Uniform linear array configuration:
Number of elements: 4
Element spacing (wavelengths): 0.5
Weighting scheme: uniform
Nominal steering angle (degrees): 15
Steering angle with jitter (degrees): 13.004
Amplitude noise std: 0.05
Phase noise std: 0.05

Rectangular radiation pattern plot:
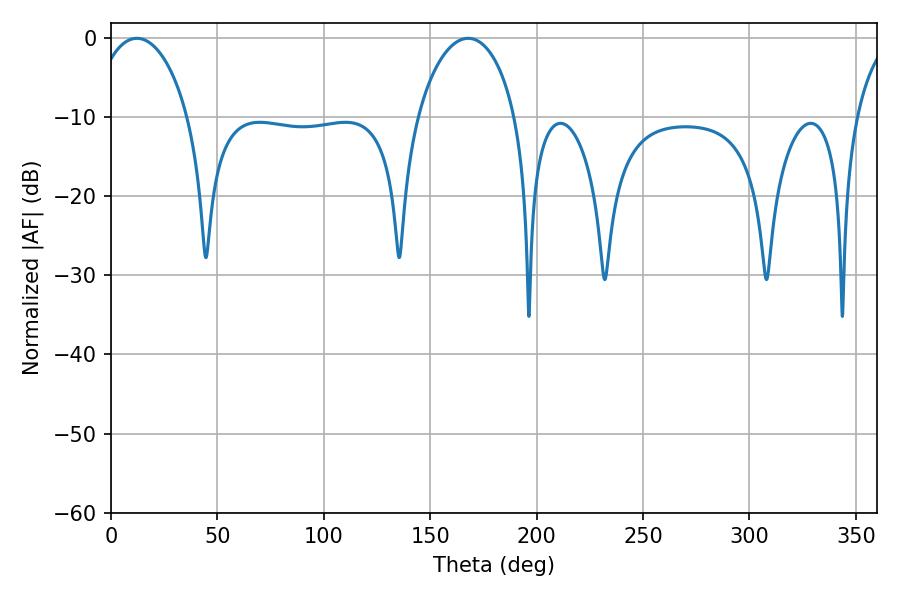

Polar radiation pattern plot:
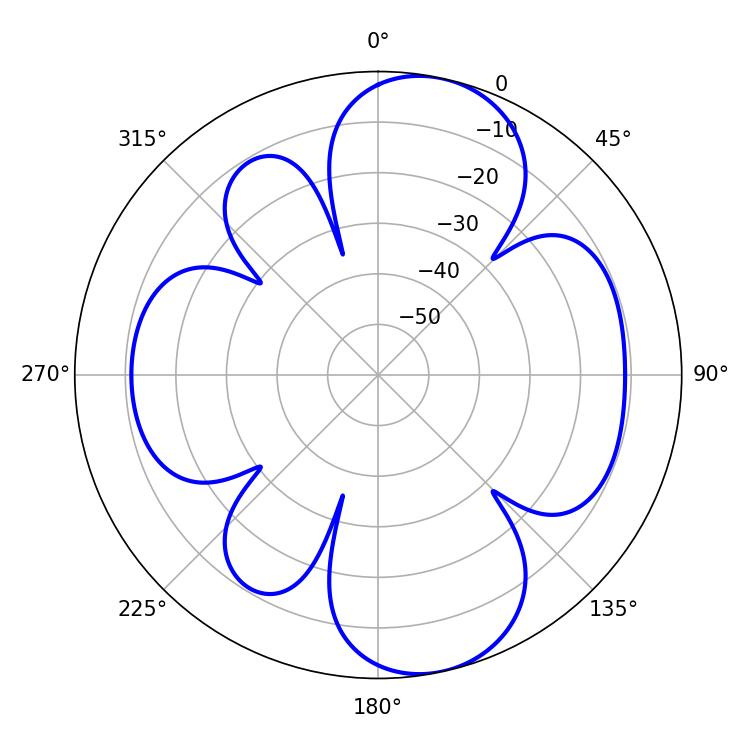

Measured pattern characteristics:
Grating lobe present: FALSE
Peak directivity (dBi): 9.655
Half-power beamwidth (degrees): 25.74
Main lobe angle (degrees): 12.24